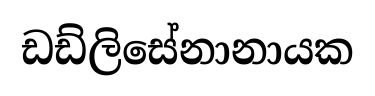
ඩඩ්ලිසේනානායක